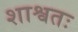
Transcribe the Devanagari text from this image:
शाश्वतः